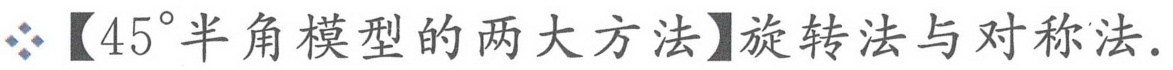
【\(45^{\circ}\)半角模型的两大方法】旋转法与对称法.